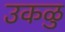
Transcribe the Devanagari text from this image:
उकळु